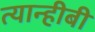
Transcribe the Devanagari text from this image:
त्यान्हीबी